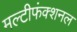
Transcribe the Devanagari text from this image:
मल्टीफंक्शनल